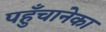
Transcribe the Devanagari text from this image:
पहुँचानेका